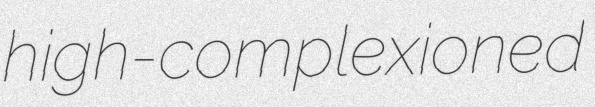
high-complexioned